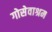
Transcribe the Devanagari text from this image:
गोसेवाश्रम